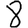
Digit: 8